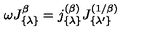
\omega J _ { \{ \lambda \} } ^ { \beta } = j _ { \{ \lambda \} } ^ { ( \beta ) } J _ { \{ \lambda ^ { \prime } \} } ^ { ( 1 / \beta ) }